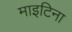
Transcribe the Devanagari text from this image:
माइटिना